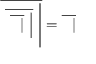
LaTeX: { \overline { { \ { \overline { { \ { \overline { { \ \ | } } } \ { \Big | } } } } \ { \Bigg | } } } } = { \overline { { \ \ | } } }